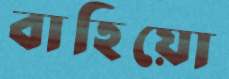
বাহিয়ো